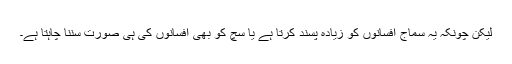
لیکن چونکہ یہ سماج افسانوں کو زیادہ پسند کرتا ہے یا سچ کو بھی افسانوں کی ہی صورت سننا چاہتا ہے۔